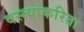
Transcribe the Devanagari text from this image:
वस्त्यांकरिता